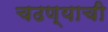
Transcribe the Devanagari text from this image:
चढण्याची